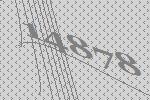
14878